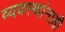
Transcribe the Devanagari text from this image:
व्यवस्थांनाही